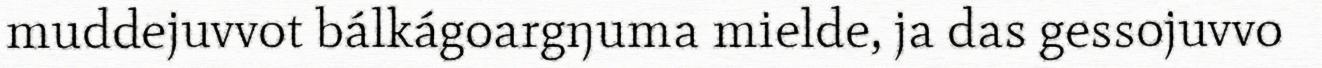
muddejuvvot bálkágoargŋuma mielde, ja das gessojuvvo